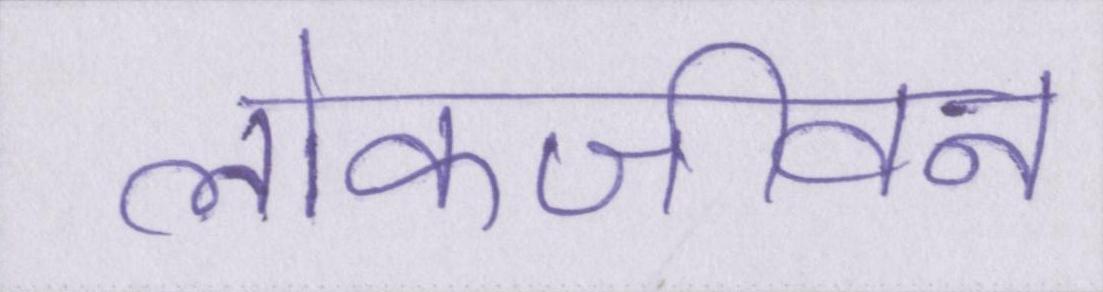
लोकजीवन